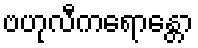
ဗဟုလီကရောန္တော